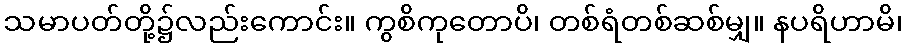
သမာပတ်တို့၌လည်းကောင်း။ ကွစိကုတောပိ၊ တစ်ရံတစ်ဆစ်မျှ။ နပရိဟာမိ၊